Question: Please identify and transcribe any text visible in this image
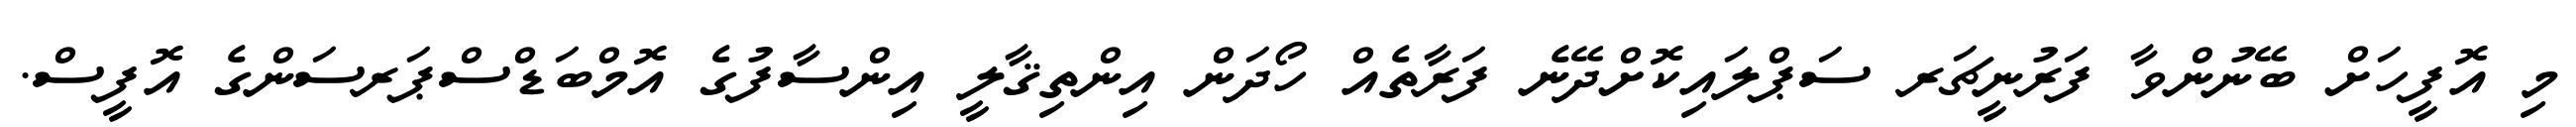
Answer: މި އޮފީހަށް ބޭނުންވާ ފަރުނީޗަރ ސަޕްލައިކޮށްދޭނެ ފަރާތެއް ހޯދަން އިންތިޤާލީ އިންސާފުގެ އޮމްބަޑްސްޕަރސަންގެ އޮފީސް.